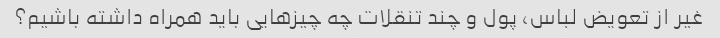
غیر از تعویض لباس، پول و چند تنقلات چه چیزهایی باید همراه داشته باشیم؟